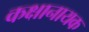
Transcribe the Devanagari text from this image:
कक्षानायक